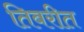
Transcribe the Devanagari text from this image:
तिबरीत